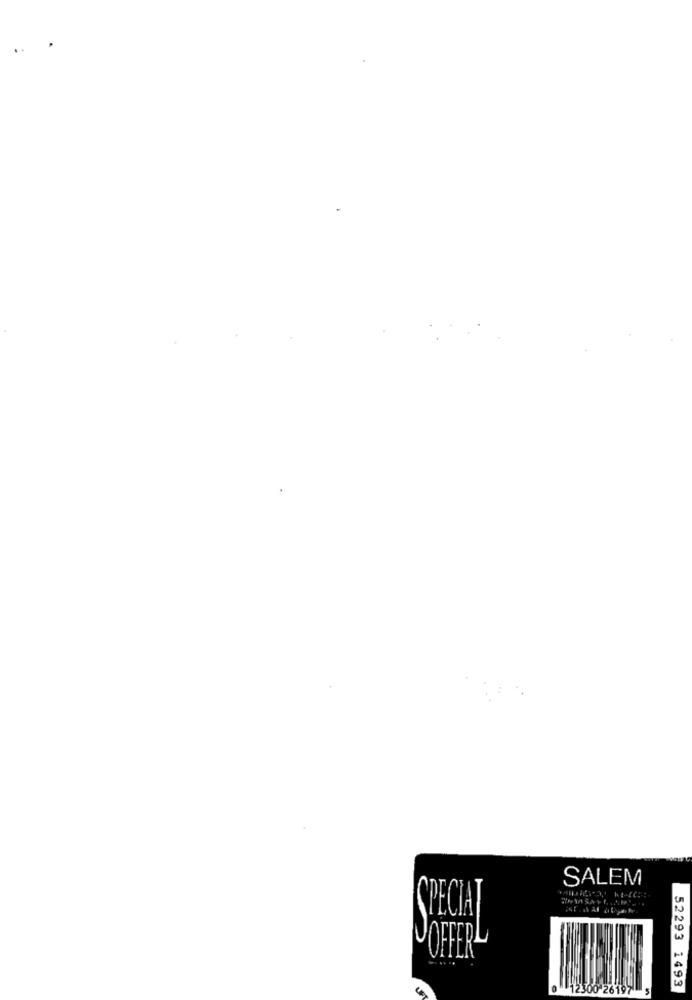
SALEM
SPECIAL
OFFER
0 26197
52293 1493